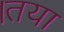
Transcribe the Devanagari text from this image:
।तया